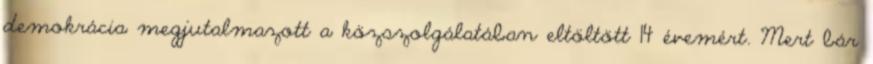
demokrácia megjutalmazott a közszolgálatában eltöltött 14 évemért. Mert bár